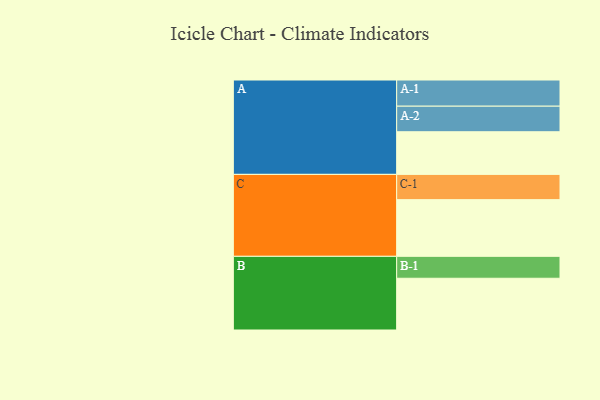
{"axis": {"x": "Segment", "y": "Value"}, "legend": ["", "A", "B", "C"], "data": [{"x": "A", "y": 422, "type": ""}, {"x": "B", "y": 512, "type": ""}, {"x": "C", "y": 561, "type": ""}, {"x": "A-1", "y": 259, "type": "A"}, {"x": "A-2", "y": 253, "type": "A"}, {"x": "B-1", "y": 217, "type": "B"}, {"x": "C-1", "y": 250, "type": "C"}]}